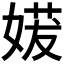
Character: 𫱈